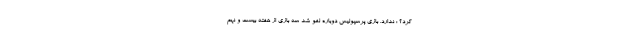
کرد؟ : ندارد. بازی پرسپولیس دوباره لغو شد سه بازی از هفته بیست و نهم